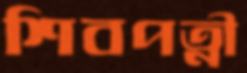
শিবপত্নী